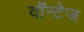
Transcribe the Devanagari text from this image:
वॉन्टेज